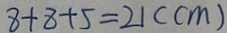
8 + 8 + 5 = 2 1 ( c m )